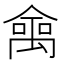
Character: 𠎘